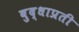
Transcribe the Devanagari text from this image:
बुद्धाप्रती